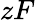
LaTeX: zF